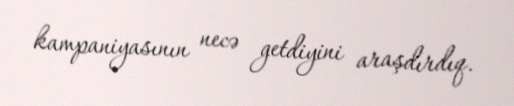
kampaniyasının necə getdiyini araşdırdıq.